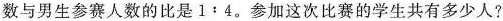
数与男生参赛人数的比是$$1:4$$。参加这次比赛的学生共有多少人?